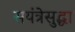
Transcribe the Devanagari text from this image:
सयंत्रेसुद्धा